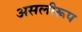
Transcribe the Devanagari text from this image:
असलीरूप